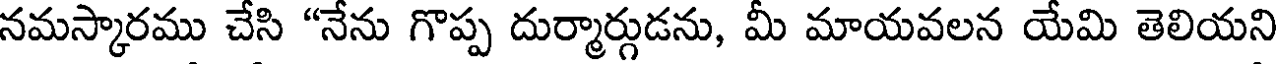
నమస్కారము చేసి "నేను గొప్ప దుర్మార్గుడను, మీ మాయవలన యేమి తెలియని